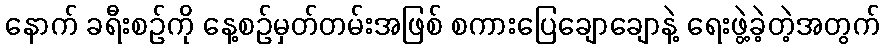
နောက် ခရီးစဉ်ကို နေ့စဉ်မှတ်တမ်းအဖြစ် စကားပြေချောချောနဲ့ ရေးဖွဲ့ခဲ့တဲ့အတွက်